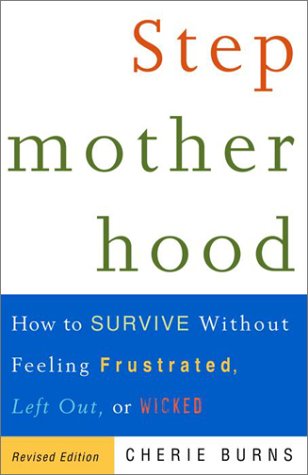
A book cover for Stepmotherhood: How to Survive Without Feeling Frustrated, Left Out, or Wicked, Revised Edition; Cherie Burns; Parenting & Relationships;